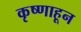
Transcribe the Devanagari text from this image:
कृष्णाहून